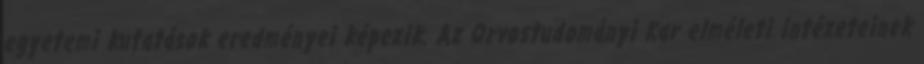
egyetemi kutatások eredményei képezik. Az Orvostudományi Kar elméleti intézeteinek